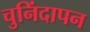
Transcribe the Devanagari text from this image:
चुनिंदापन